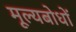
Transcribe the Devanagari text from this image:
मूल्यबोधों